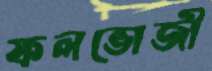
ফলভোজী